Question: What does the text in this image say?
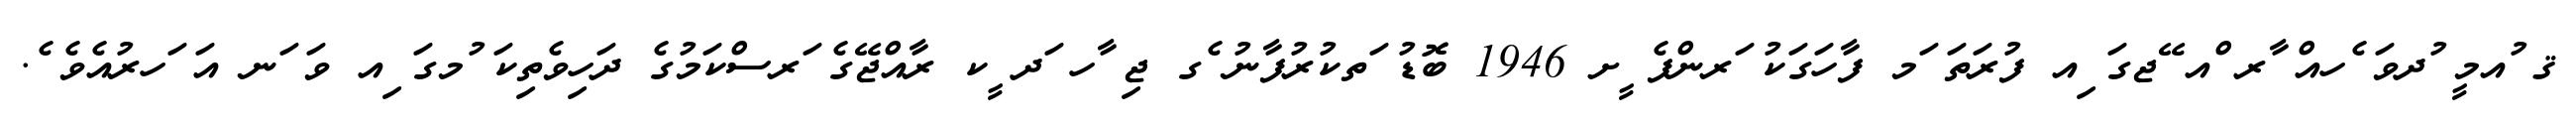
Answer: ޤ ުއމީ ުދވަ ެހއް ާރ ްއ ޭޖގަ ިއ ފުރަތަ ަމ ފާހަގަކު ަރންފެ ީށ 1946 ބޮޑު ަތކުރުފާނު ެގ ޖި ާހ ަދ ީކ ރާއްޖޭގެ ަރސްކަމުގެ ދަހިވެތިކަ ުމގަ ިއ ވަ ަނ އަ ަހރުއެވެ ެ.